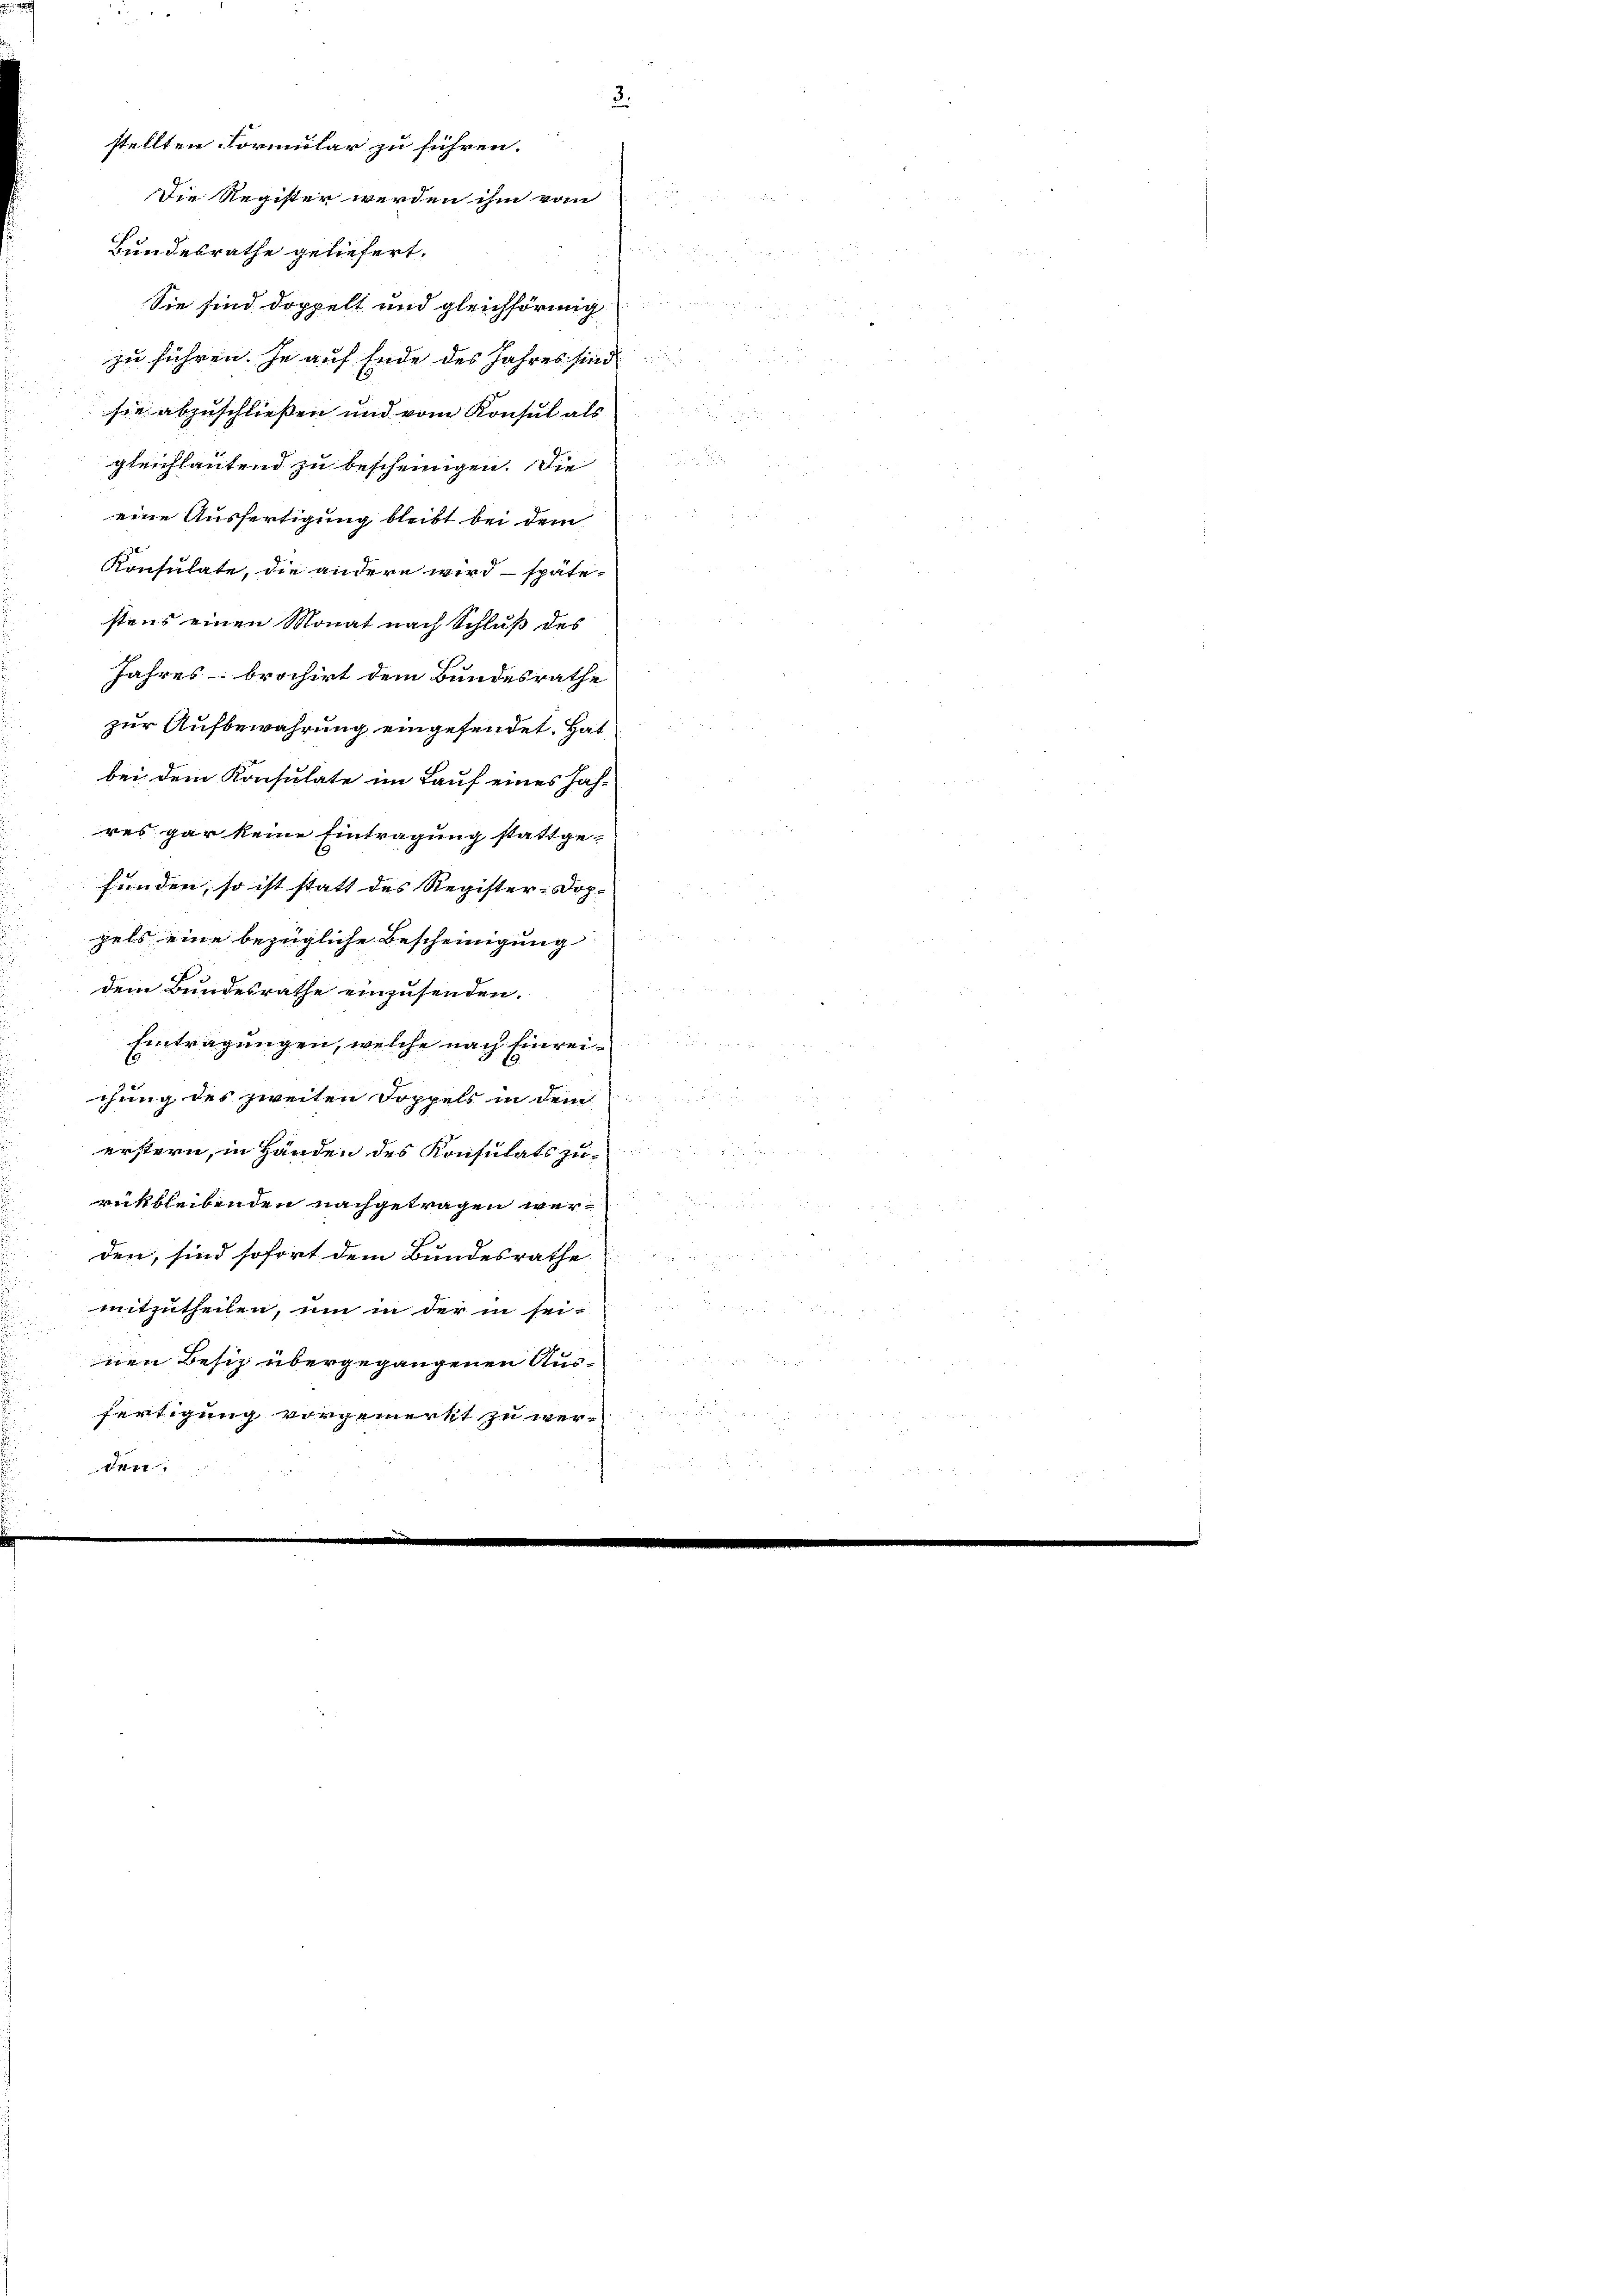
3.
stellten Formular zu führen.
Bundesrathe geliefert.
Sie sind doppelt und gleichförmig
zu führen. Je auf Ende des Jahres sind
sie abzuschließen und vom Konsul als
gleichlautend zu bescheinigen. Die
eine Ausfertigung bleibt bei dem
Konsulate, die andern wird spätestens einen Monat nach Schluß des
Jahres brochirt dem Bundesrathe
zur Aufbewahrung eingefendet. Hat
bei dem Konsulate im Lauf eines Jah-
res gar keine Eintragung stattgefunden, so ist statt des Register-Dop.
pels eine bezeigliche Bescheinigung
u
dem Bundesrathe einzusenden.
Eintragungen, welche nach Einreichung des zweiten Doppels in dem
.
1
erstern, in Händen des Konsulats zu¬

rückbleibenden nachgetragen werden, sind sofort dem Bundesrathe
mitzutheilen, um in der in seinen Besitz übergegangenen Ausfertigung vorgemerkt zu wer¬
1177

nur einem wienen E

Die Register werden ihm vom

¬

wur

u
a

¬